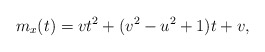
\begin{align*}m_x(t) = vt^2 + (v^2-u^2+1)t +v,\end{align*}